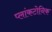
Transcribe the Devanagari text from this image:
प्लांकटोनिक